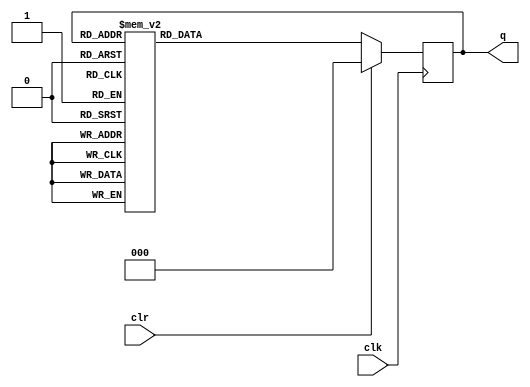
`timescale 1ns / 1ps
//////////////////////////////////////////////////////////////////////////////////
// Company: 
// Engineer: 
// 
// Design Name: 
// Module Name:    counter_3bit_case 
// Project Name: 
// Target Devices: 
// Tool versions: 
// Description: 
//
// Dependencies: 
//
// Revision: 
// Revision 0.01 - File Created
// Additional Comments: 
//
//////////////////////////////////////////////////////////////////////////////////
module CT_CASE (clk, clr, q);
 input clk, clr;
 output [2:0] q;
 reg [2:0] q;
 initial q = 3'b101;
 /* The above initial statement is to force 
 the counter to start from initial count q=110 */
 
 always @ (posedge clk) begin
	 if (clr == 0) begin
		case (q)
			3'd0 : q = 3'd1;
			3'd1 : q = 3'd2;
			3'd2 : q = 3'd3;
			3'd3 : q = 3'd4;
			3'd4 : q = 3'd5;
			3'd5 : q = 3'd6;
			3'd6 : q = 3'd7;
			3'd7 : q = 3'd0;
		endcase
	end
	else
	 q = 3'b000;
 end
endmodule